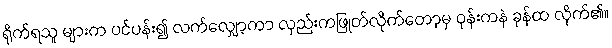
ရိုက်ရသူ များက ပင်ပန်း၍ လက်လျှော့ကာ လှည်းကဖြုတ်လိုက်တော့မှ ဝုန်းကနဲ ခုန်ထ လိုက်၏။